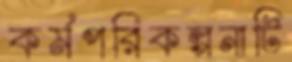
কর্মপরিকল্পনাটি